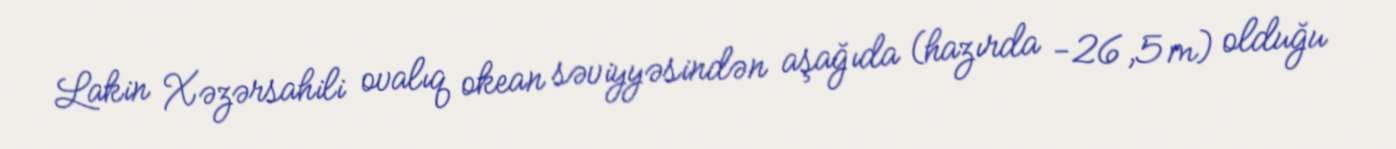
Lakin Xəzərsahili ovalıq okean səviyyəsindən aşağıda (hazırda −26,5m) olduğu